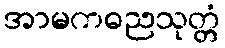
အာမကဓညသုတ္တံ